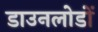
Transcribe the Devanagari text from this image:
डाउनलोडों